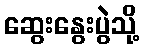
ဆွေးနွေးပွဲသို့